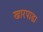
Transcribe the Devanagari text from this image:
खारपाडा